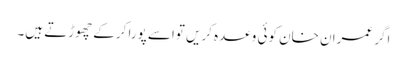
اگر عمران خان کوئی وعدہ کریں تواسے پورا کرکے چھوڑتے ہیں۔